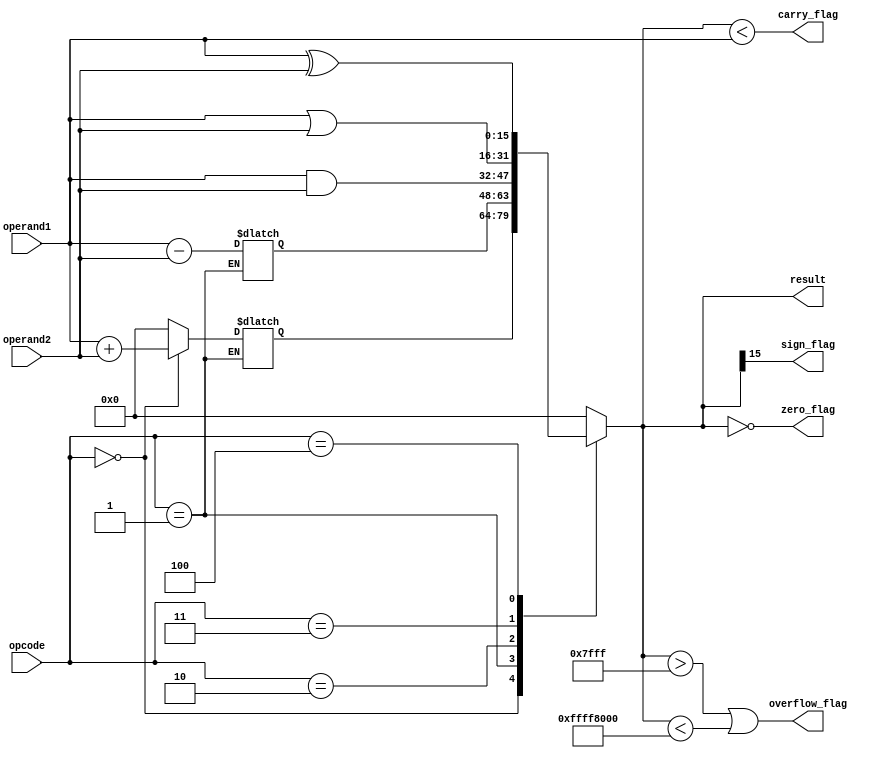
module ALU (
    input [15:0] operand1,
    input [15:0] operand2,
    input [2:0] opcode,
    output reg [15:0] result,
    output reg zero_flag,
    output reg carry_flag,
    output reg overflow_flag,
    output reg sign_flag
);

// Declare internal signals
reg [15:0] add_result;
reg [15:0] sub_result;
reg [15:0] and_result;
reg [15:0] or_result;
reg [15:0] xor_result;

// Arithmetic blocks
always @ (*)
begin
    case (opcode)
        3'b000: add_result = operand1 + operand2; // Addition
        3'b001: sub_result = operand1 - operand2; // Subtraction
        default: add_result = 16'b0;
    endcase
end

// Logical blocks
always @ (*)
begin
    and_result = operand1 & operand2; // Bitwise AND
    or_result = operand1 | operand2; // Bitwise OR
    xor_result = operand1 ^ operand2; // Bitwise XOR
end

// Select operation based on opcode
always @ (*)
begin
    case (opcode)
        3'b000: result = add_result;
        3'b001: result = sub_result;
        3'b010: result = and_result;
        3'b011: result = or_result;
        3'b100: result = xor_result;
        default: result = 16'b0;
    endcase
end

// Flag generation
always @ (*)
begin
    zero_flag = (result == 16'b0);
    carry_flag = (result < operand1);
    overflow_flag = (result > 32767 || result < -32768); // Overflow check
    sign_flag = (result[15] == 1);
end

endmodule